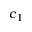
c _ { 1 }